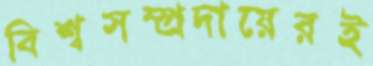
বিশ্বসম্প্রদায়েরই